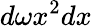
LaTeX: d\omega x^{2}dx